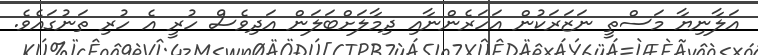
އަލާނިޔާ މަސްތީ ނަޒަރަކުން އަހަރެންނާއި ދިމާލަށްބަލަން އަދިވެސް ހުރީ އެ ހުރި ތަނުގައެވެ.